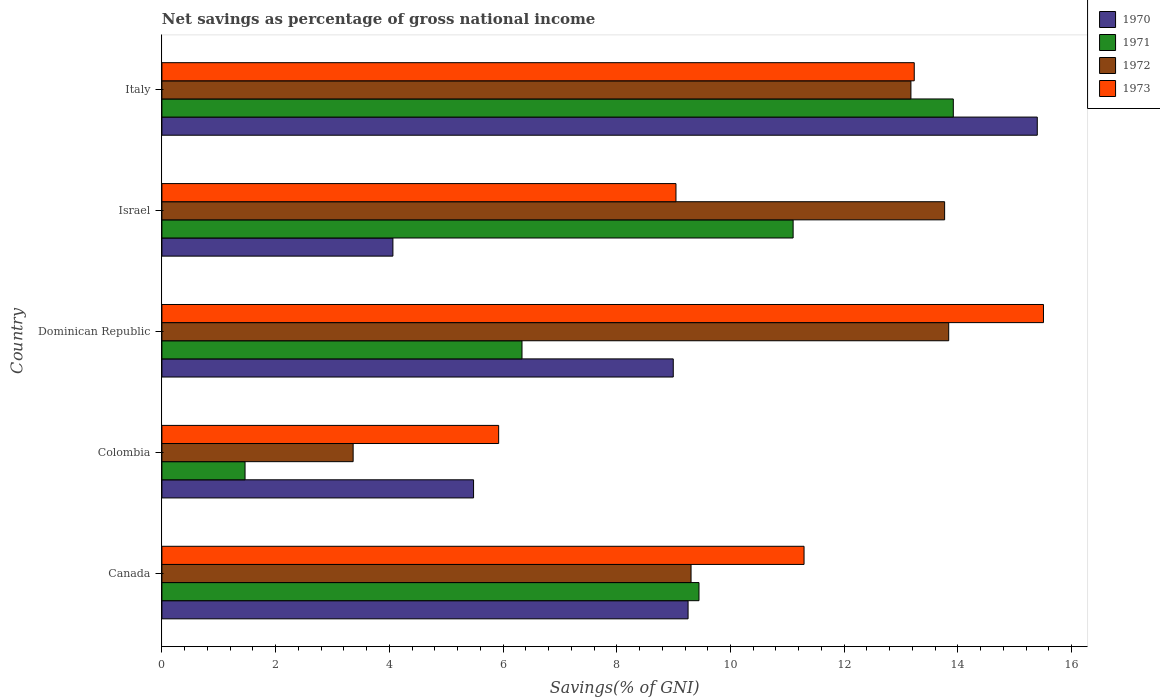
| Country | 1970 | 1971 | 1972 | 1973 |
 | --- | --- | --- | --- | --- |
 | Canada | 9.25 | 9.45 | 9.31 | 11.3 |
 | Colombia | 5.48 | 1.46 | 3.36 | 5.92 |
 | Dominican Republic | 8.99 | 6.33 | 13.8 | 15.5 |
 | Israel | 4.06 | 11.1 | 13.8 | 9.04 |
 | Italy | 15.4 | 13.9 | 13.2 | 13.2 |